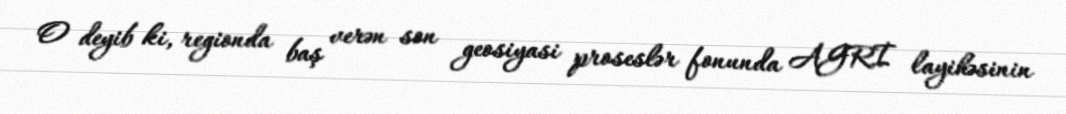
O deyib ki, regionda baş verən son geosiyasi proseslər fonunda AGRİ layihəsinin